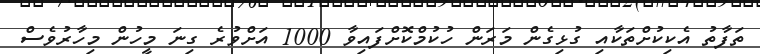
ތަފާތު އެކިކުށްތަކާއި ގުޅިގެން މަރަން ހުކުމްކޮށްފައިވާ 1000 އަށްވުރެ ގިނަ މީހުން މިހާރުވެސް